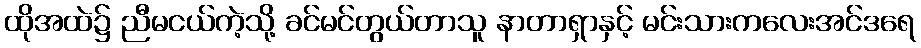
ထိုအထဲ၌ ညီမငယ်ကဲ့သို့ ခင်မင်တွယ်တာသူ နာတာရှာနှင့် မင်းသားကလေးအင်ဒရေ